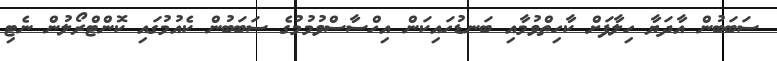
ސަބަބުން އާދަޔާ ހިލާފަށް ކާހިތްވުމާއި ބަނޑުހައިކަން އިހްސާސްވުމުމުގެ ސަބަބުން ކެއުމުގައި ކޮންޓްރޯލުން ނެޓި